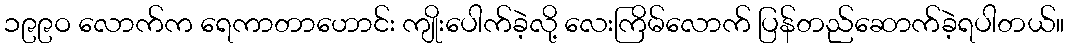
၁၉၉ဝ လောက်က ရေကာတာဟောင်း ကျိုးပေါက်ခဲ့လို့ လေးကြိမ်လောက် ပြန်တည်ဆောက်ခဲ့ရပါတယ်။